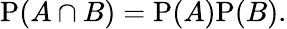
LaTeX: \mathrm{P}(A\cap B)=\mathrm{P}(A)\mathrm{P}(B).